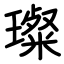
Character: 璨